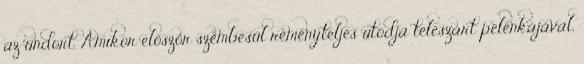
az undort. Amikor először szembesül reményteljes utódja teleszart pelenkájával,